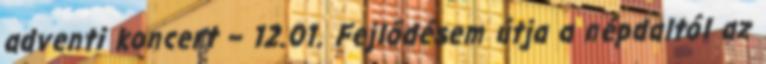
adventi koncert – 12.01. Fejlődésem útja a népdaltól az